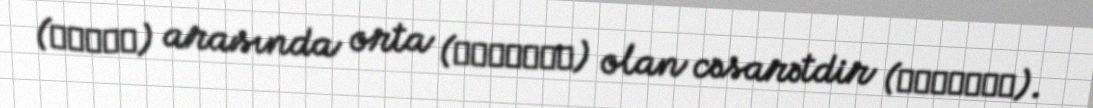
(θάῤῥη) arasında orta (μεσότης) olan cəsarətdir (ἀνδρεία).